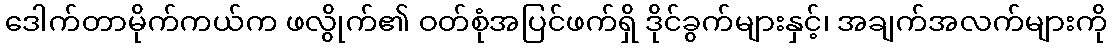
ဒေါက်တာမိုက်ကယ်က ဖလွိုက်၏ ဝတ်စုံအပြင်ဖက်ရှိ ဒိုင်ခွက်များနှင့်၊ အချက်အလက်များကို